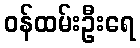
ဝန်ထမ်းဦးရေ